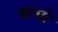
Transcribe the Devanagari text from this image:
ब्रासो